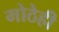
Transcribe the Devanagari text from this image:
मोठेही